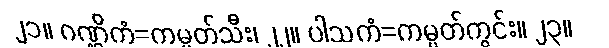
၂၁။ ဂဏ္ဌိကံ=ကမ္ပတ်သီး၊ ၂၂။ ပါသကံ=ကမ္ပတ်ကွင်း။ ၂၃။